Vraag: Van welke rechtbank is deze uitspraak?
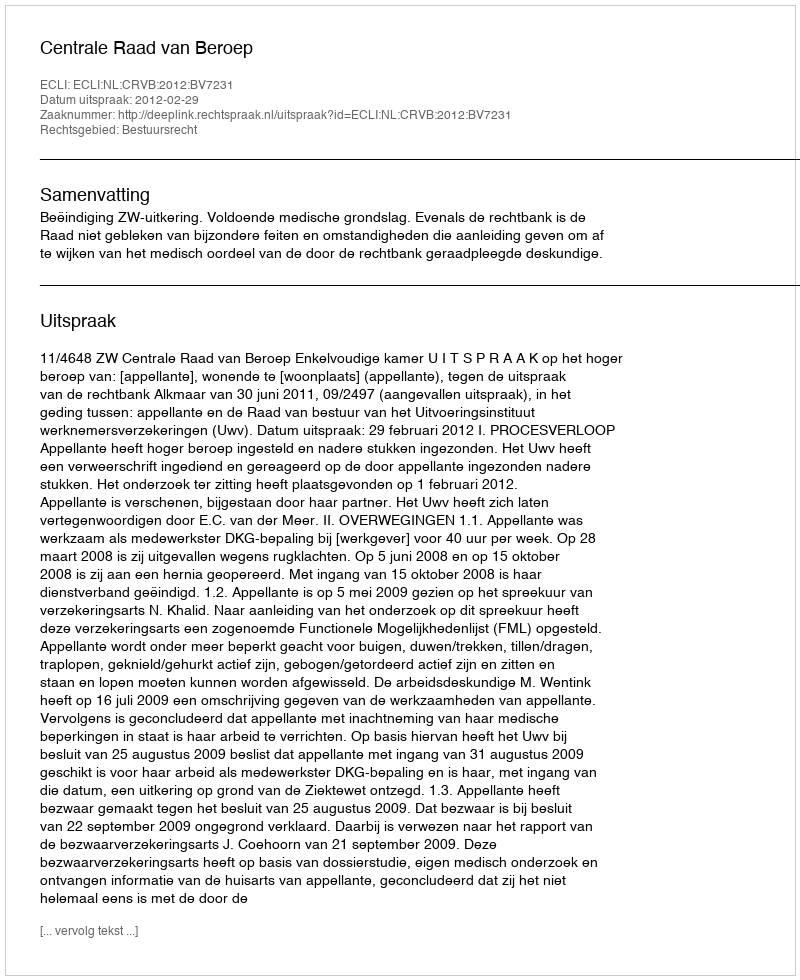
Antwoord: Centrale Raad van Beroep